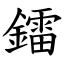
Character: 鐳